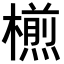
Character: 𣜭